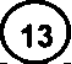
(13)